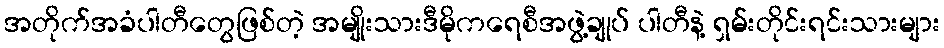
အတိုက်အခံပါတီတွေဖြစ်တဲ့ အမျိုးသားဒီမိုကရေစီအဖွဲ့ချုပ် ပါတီနဲ့ ရှမ်းတိုင်းရင်းသားများ